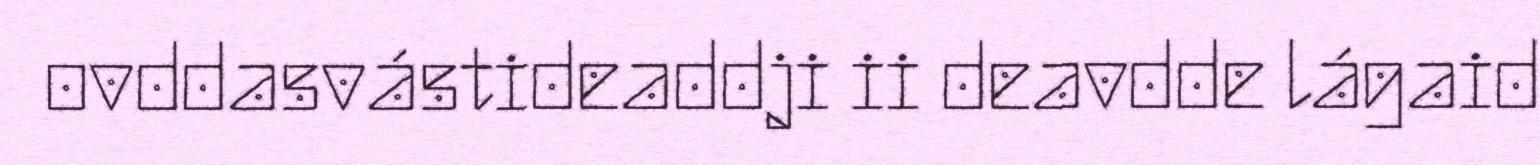
ovddasvástideaddji ii deavdde lágaid